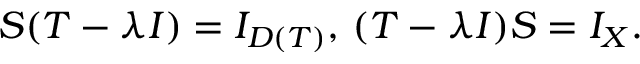
S ( T - \lambda I ) = I _ { D ( T ) } , \, ( T - \lambda I ) S = I _ { X } .